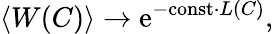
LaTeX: \left<W(C)\right>\to\mathrm{e}^{-\mathrm{const}\cdot L(C)},